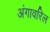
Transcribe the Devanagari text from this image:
अंगावरिल